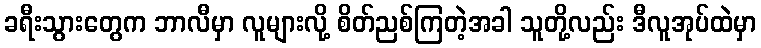
ခရီးသွားတွေက ဘာလီမှာ လူများလို့ စိတ်ညစ်ကြတဲ့အခါ သူတို့လည်း ဒီလူအုပ်ထဲမှာ